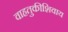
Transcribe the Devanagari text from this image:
वाहतुकीशिवाय